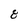
Character: 8